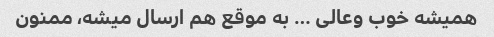
همیشه خوب وعالی … به موقع هم ارسال میشه، ممنون